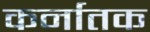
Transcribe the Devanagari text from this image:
कर्नातक